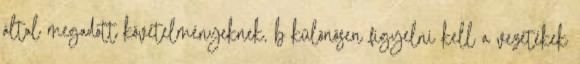
által megadott követelményeknek, b különösen figyelni kell a vezetékek